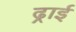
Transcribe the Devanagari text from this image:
ढ्राई